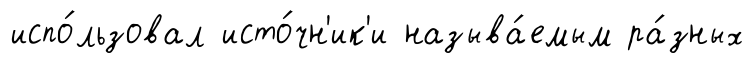
испо́льзовал исто́чн'ик'и называ́емым ра́зных